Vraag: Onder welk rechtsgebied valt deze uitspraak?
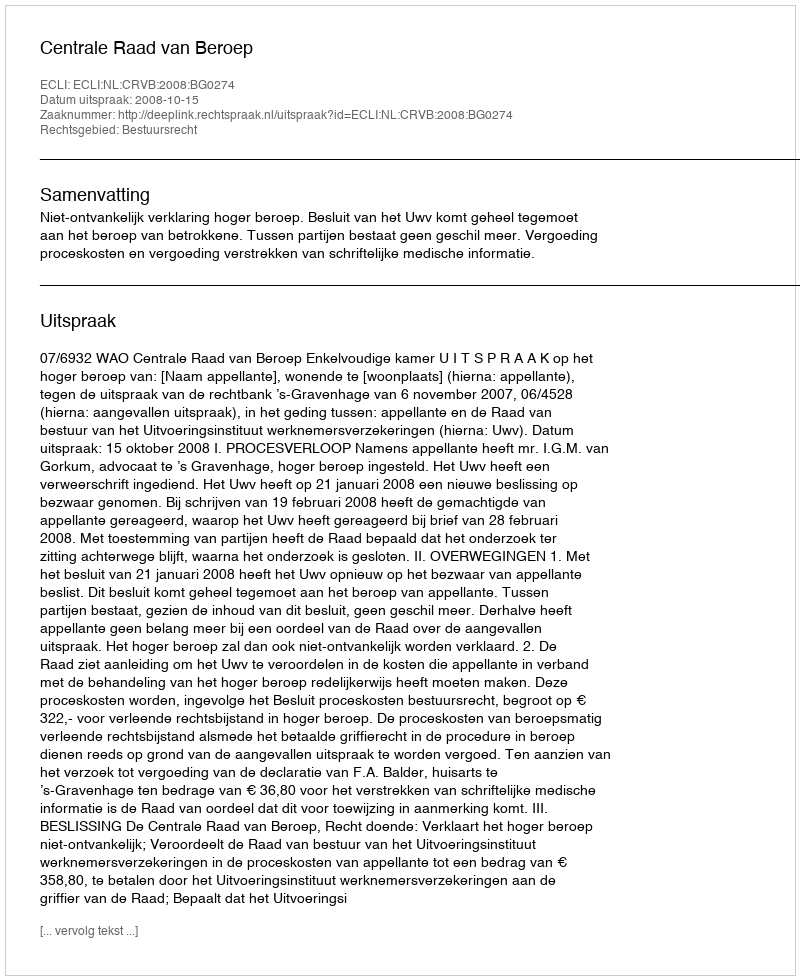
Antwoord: Bestuursrecht